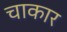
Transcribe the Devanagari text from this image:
चाकार